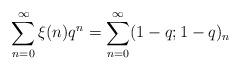
LaTeX: \begin{align*}\sum_{n=0}^\infty \xi(n)q^n = \sum_{n=0}^\infty (1-q;1-q)_n\end{align*}